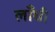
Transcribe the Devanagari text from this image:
लाँघी